Lunatic asylums Punjab 1895-1910 - 1895-1910
Year: 1895
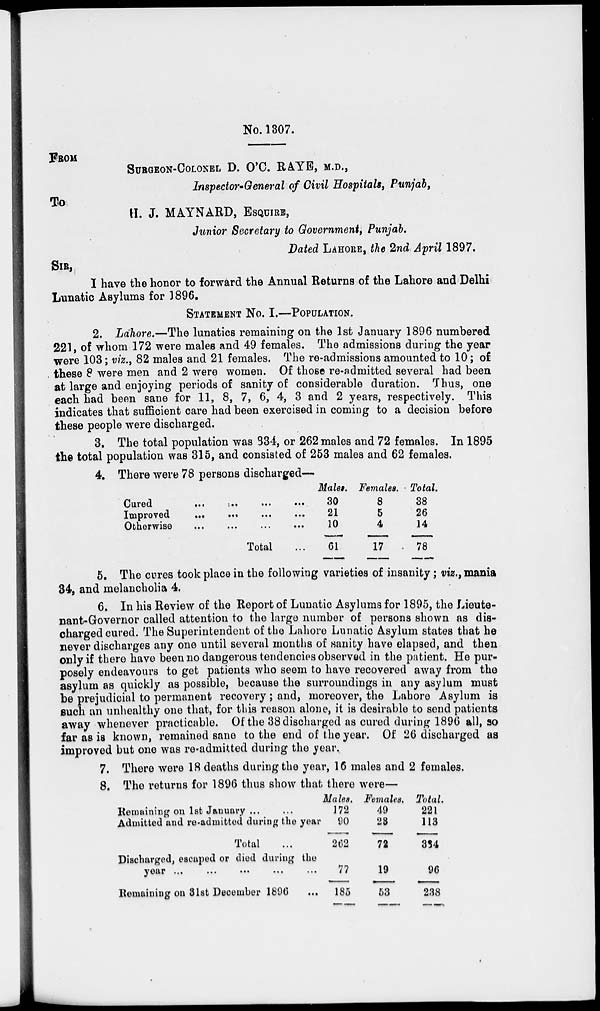
No. 1307.
FROM
SURGEON-COLONEL D. O'C. RAYE, M.D.,
Inspector-General of Civil Hospitals, Punjab,
To
H. J. MAYNARD, ESQUIRE,
Junior Secretary to Government, Punjab.
Dated LAHORE, the 2nd April 1897.
SIR,
I have the honor to forward the Annual Returns of the Lahore and Delhi
Lunatic Asylums for 1896.
STATEMENT No. I.—POPULATION.
2. Lahore.—The lunatics remaining on the 1st January 1896 numbered
221, of whom 172 were males and 49 females. The admissions during the year
were 103; viz., 82 males and 21 females. The re-admissions amounted to 10; of
these 8 were men and 2 were women. Of those re-admitted several had been
at large and enjoying periods of sanity of considerable duration. Thus, one
each had been sane for 11, 8, 7, 6, 4, 3 and 2 years, respectively. This
indicates that sufficient care had been exercised in coming to a decision before
these people were discharged.
3. The total population was 334, or 262 males and 72 females. In 1895
the total population was 315, and consisted of 253 males and 62 females.
4. There were 78 persons discharged—
Cured ... ... ... ...
Improved ... ... ... ...
Otherwise ... ... ... ...
Total ...
Males.
30
21
10
61
Females.
8
5
4
17
Total
38
26
14
78
5. The cures took place in the following varieties of insanity; viz., mania
34, and melancholia 4.
6. In his Review of the Report of Lunatic Asylums for 1895, the Lieute-
nant-Governor called attention to the large number of persons shown as dis-
charged cured. The Superintendent of the Lahore Lunatic Asylum states that he
never discharges any one until several months of sanity have elapsed, and then
only if there have been no dangerous tendencies observed in the patient. He pur-
posely endeavours to get patients who seem to have recovered away from the
asylum as quickly as possible, because the surroundings in any asylum must
be prejudicial to permanent recovery; and, moreover, the Lahore Asylum is
such an unhealthy one that, for this reason alone, it is desirable to send patients
away whenever practicable. Of the 38 discharged as cured during 1896 all, so
far as is known, remained sane to the end of the year. Of 26 discharged as
improved but one was re-admitted during the year.
7. There were 18 deaths during the year, 16 males and 2 females.
8. The returns for 1896 thus show that there were—
Remaining on 1st January ... ...
Admitted and re-admitted during the year
Total ...
Discharged, escaped or died during the
year ... ... ... ... ...
Remaining on 31st December 1896 ...
Males.
172
90
262
77
185
Females.
49
23
72
19
53
Total.
221
113
334
96
238